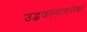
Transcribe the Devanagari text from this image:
उद्भवल्याबरोबर